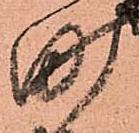
町